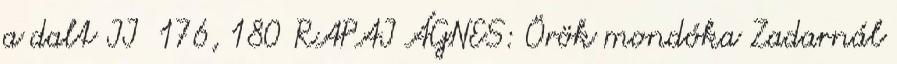
a dalt II 176, 180 RAPAI ÁGNES: Örök mondóka Zadarnál